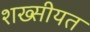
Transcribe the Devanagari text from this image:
शख्सीयत